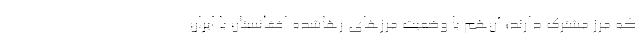
كه مرز مشترك دارند؛ آن‌هم با وضعيت مرزهاي رهاشده افغانستان با ايران